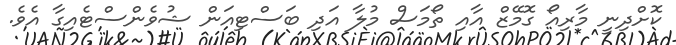
ކޮށްދިނީ މާރިއޯ ގޮމޭޒް އާއި ތޯމަސް މުލާ އަދި ބަސްޓިއަން ޝުވެންސްޓެއިގާ އެވެ.